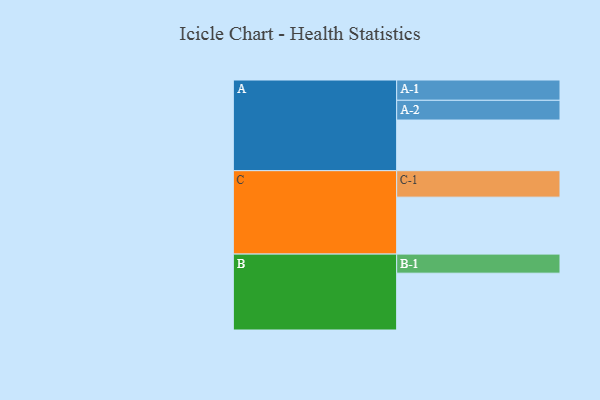
{"axis": {"x": "Segment", "y": "Value"}, "legend": ["", "A", "B", "C"], "data": [{"x": "A", "y": 377, "type": ""}, {"x": "B", "y": 423, "type": ""}, {"x": "C", "y": 424, "type": ""}, {"x": "A-1", "y": 151, "type": "A"}, {"x": "A-2", "y": 147, "type": "A"}, {"x": "B-1", "y": 142, "type": "B"}, {"x": "C-1", "y": 197, "type": "C"}]}